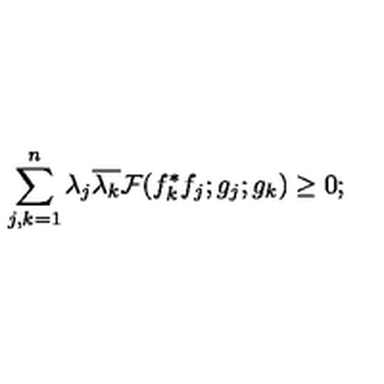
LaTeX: \sum _ { j , k = 1 } ^ { n } \lambda _ { j } \overline { { \lambda _ { k } } } { \cal F } ( f _ { k } ^ { * } f _ { j } ; g _ { j } ; g _ { k } ) \ge 0 ;